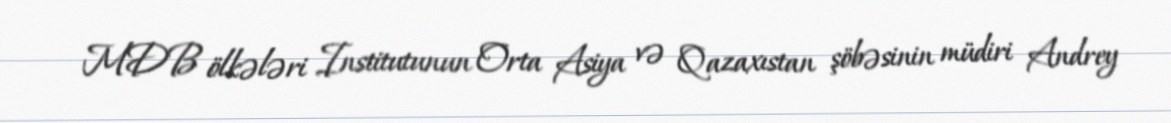
MDB ölkələri Institutunun Orta Asiya və Qazaxıstan şöbəsinin müdiri Andrey